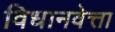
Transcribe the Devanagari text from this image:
विधानवेत्ता